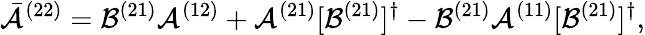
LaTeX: \bar{\mathcal{A}}^{(22)}=\mathcal{B}^{(21)}\mathcal{A}^{(12)}+\mathcal{A}^{(21)}[\mathcal{B}^{(21)}]^{\dagger}-\mathcal{B}^{(21)}\mathcal{A}^{(11)}[\mathcal{B}^{(21)}]^{\dagger},